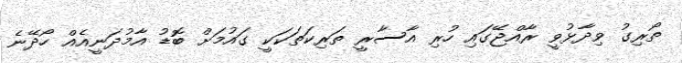
ތޯރިގު ވިދާޅުވީ ރާއްޖޭގައި ހުރި އާސާރީ ތަރިކަތަކަކީ ގައުމަށް ބޮޑު އާމުދަނީއެއް ހޯދޭނެ